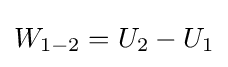
W_{1-2}=U_{2}-U_{1}